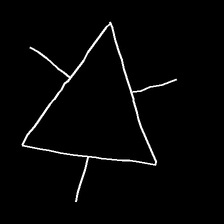
Glyph: fire